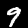
Label: 9